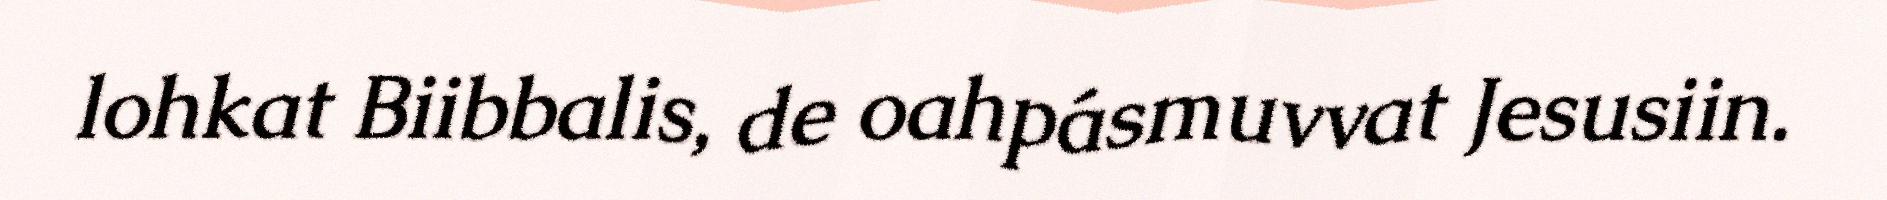
lohkat Biibbalis, de oahpásmuvvat Jesusiin.